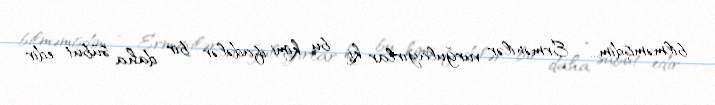
bilməmişdim...” Ermənilər vurğulayırlar ki, bu kimi ifadələr bir daha sübut edir